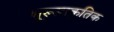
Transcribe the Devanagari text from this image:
भूरूप्राकृतिक